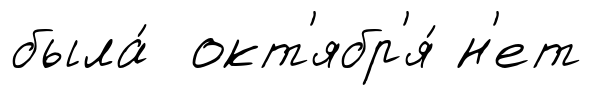
была́ окт'ябр'я́ н'ет